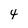
Character: 4